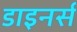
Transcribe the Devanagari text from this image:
डाइनर्स